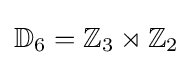
\mathbb {D} _{6}=\mathbb {Z} _{3}\rtimes \mathbb {Z} _{2}